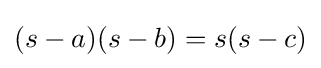
(s-a)(s-b)=s(s-c)